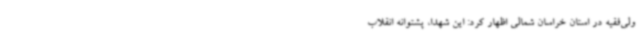
ولی‌فقیه در استان خراسان شمالی اظهار کرد: این شهدا، پشتوانه انقلاب